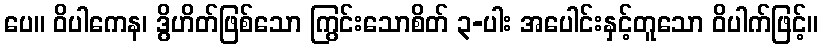
ပေ။ ဝိပါကေန၊ ဒွိဟိတ်ဖြစ်သော ကြွင်းသောစိတ် ၃-ပါး အပေါင်းနှင့်တူသော ဝိပါက်ဖြင့်။